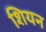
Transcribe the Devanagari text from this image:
शियन